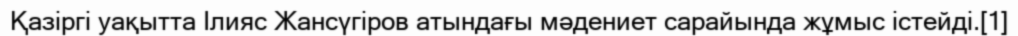
Қазіргі уақытта Ілияс Жансүгіров атындағы мәдениет сарайында жұмыс істейді.[1]